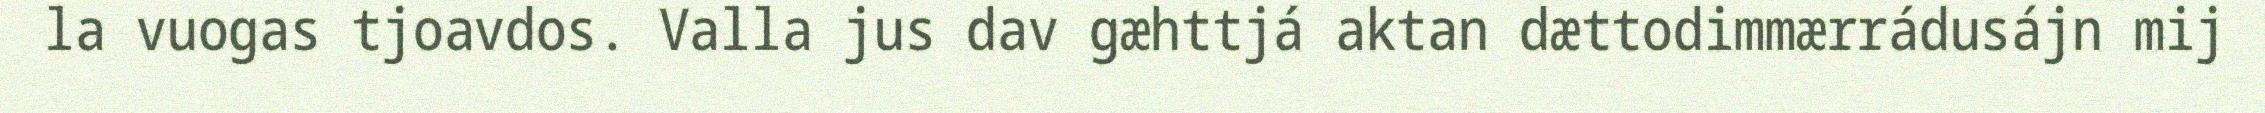
la vuogas tjoavdos. Valla jus dav gæhttjá aktan dættodimmærrádusájn mij